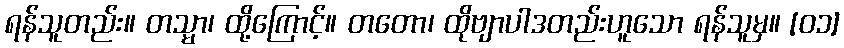
ရန်သူတည်း။ တသ္မာ၊ ထို့ကြောင့်။ တတော၊ ထိုဗျာပါဒတည်းဟူသော ရန်သူမှ။ [၀၁]